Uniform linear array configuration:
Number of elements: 48
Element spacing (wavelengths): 0.75
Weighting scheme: blackman
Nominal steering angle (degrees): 45
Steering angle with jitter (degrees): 45.984
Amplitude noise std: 0.05
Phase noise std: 0.05

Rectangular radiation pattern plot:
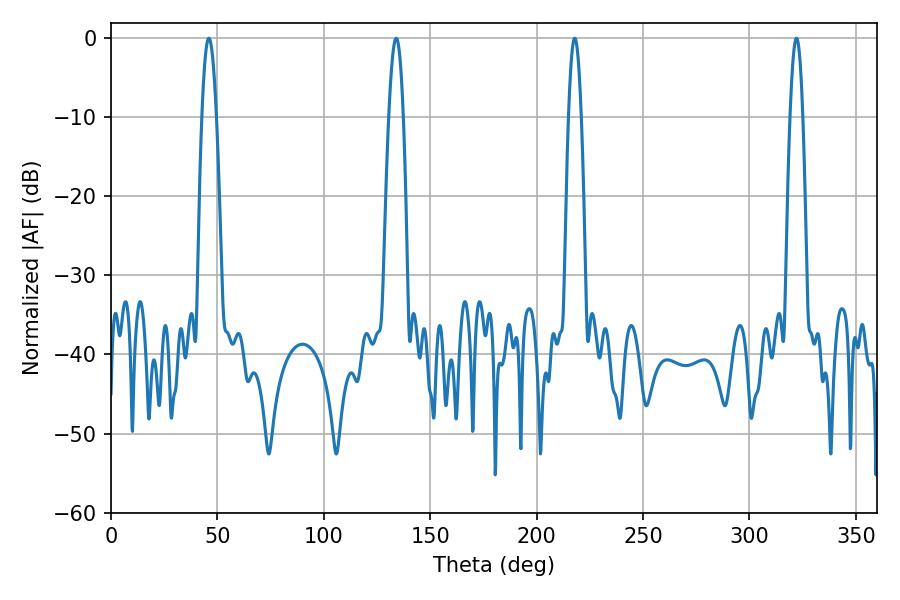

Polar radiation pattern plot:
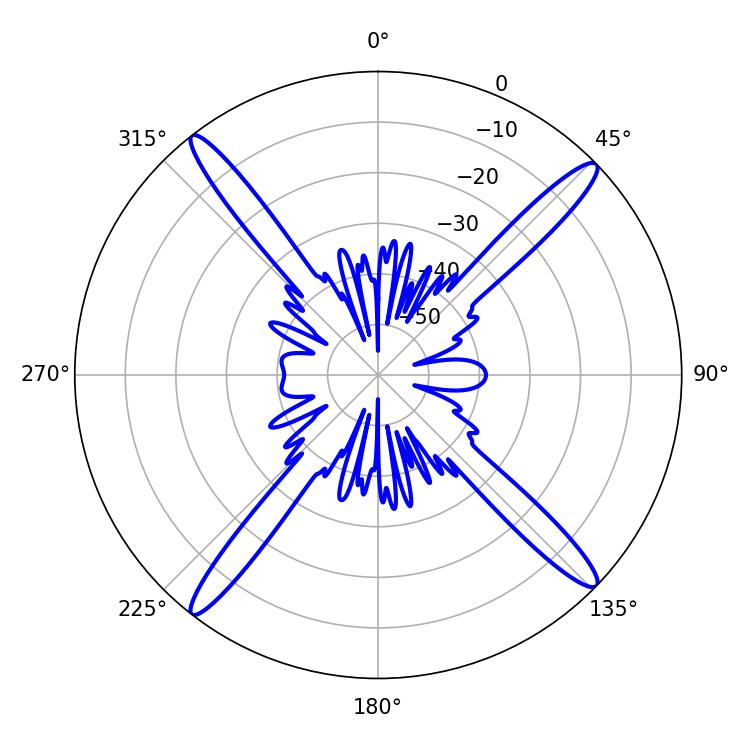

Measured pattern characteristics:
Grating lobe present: TRUE
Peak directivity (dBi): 18.953
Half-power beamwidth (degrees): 3.78
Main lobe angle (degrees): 45.9